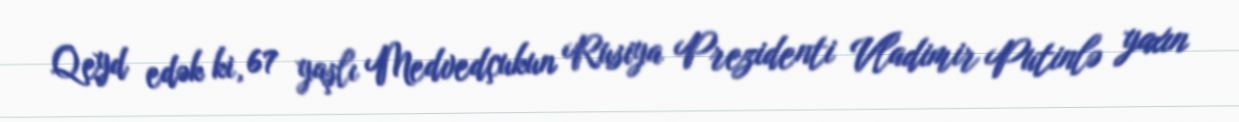
Qeyd edək ki, 67 yaşlı Medvedçukun Rusiya Prezidenti Vladimir Putinlə yaxın